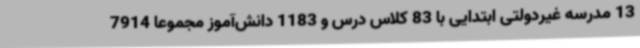
13 مدرسه غیردولتی ابتدایی با 83 کلاس درس و 1183 دانش‌آموز مجموعا 7914